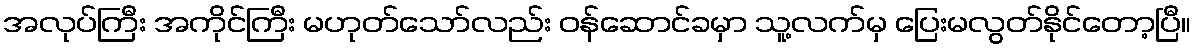
အလုပ်ကြီး အကိုင်ကြီး မဟုတ်သော်လည်း ဝန်ဆောင်ခမှာ သူ့လက်မှ ပြေးမလွတ်နိုင်တော့ပြီ။